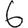
Digit: 6